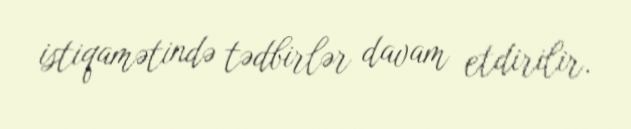
istiqamətində tədbirlər davam etdirilir.